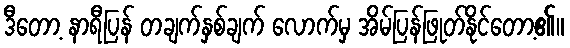
ဒီတော့ နာရီပြန် တချက်နှစ်ချက် လောက်မှ အိမ်ပြန်ဖြုတ်နိုင်တော့၏။